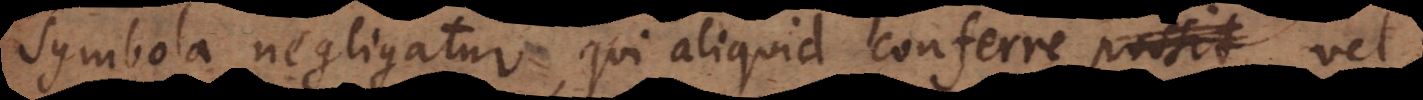
symbola negliga[n]tur, qui aliquid conferre vel